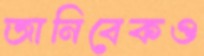
জানিবেকও